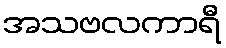
အသဗလကာရီ